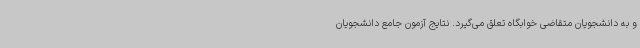
و به دانشجویان متقاضی خوابگاه تعلق می‌گیرد. نتایج آزمون جامع دانشجویان